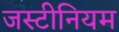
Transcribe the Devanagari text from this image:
जस्टीनियम